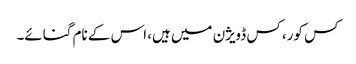
کس کور، کس ڈویژن میں ہیں، اس کے نام گنائے۔